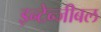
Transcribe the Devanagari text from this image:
इन्टेन्जीबल